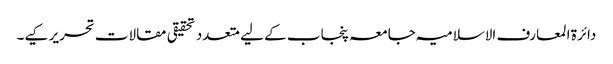
دائرۃ المعارف الاسلامیہ جامعہ پنجاب کے لیے متعدد تحقیقی مقالات تحریر کیے۔